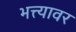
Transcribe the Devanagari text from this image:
भत्त्यावर